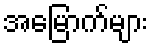
အမြောက်များ